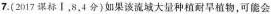
7.(2017课标Ⅰ，8，4分)如果该流域大量种植耐旱植物，可能会